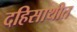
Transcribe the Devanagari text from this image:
दहिसाथीत